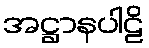
အဋ္ဌာနပါဠိ